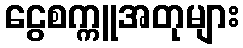
ငွေစက္ကူအတုများ